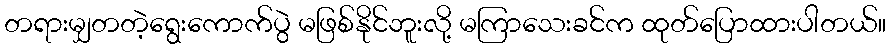
တရားမျှတတဲ့ရွေးကောက်ပွဲ မဖြစ်နိုင်ဘူးလို့ မကြာသေးခင်က ထုတ်ပြောထားပါတယ်။